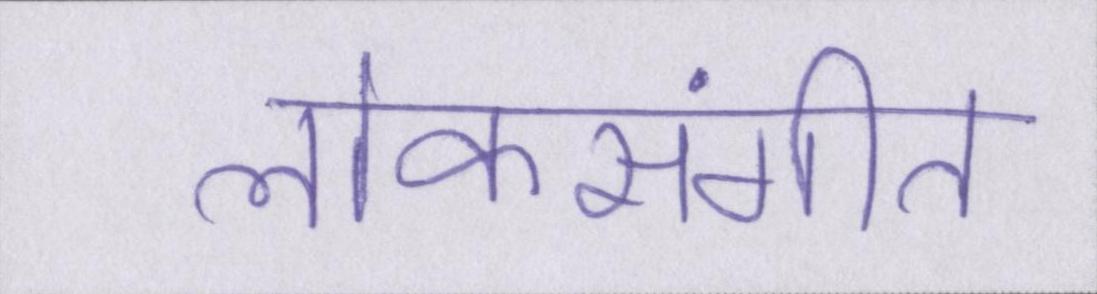
लोकसंगीत